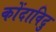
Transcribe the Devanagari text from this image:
कोंदाविदु